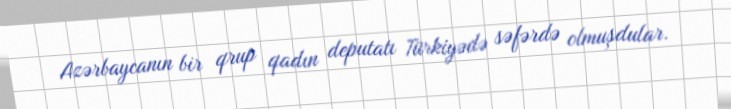
Azərbaycanın bir qrup qadın deputatı Türkiyədə səfərdə olmuşdular.